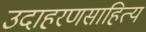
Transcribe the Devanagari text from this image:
उदाहरणसाहित्य